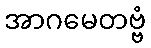
အာဂမေတဗ္ဗံ